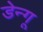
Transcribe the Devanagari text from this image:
डेन्गू